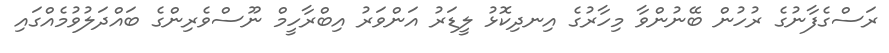
ރަސްގެފާނުގެ ރުހުން ބޭނުންވާ މިހާރުގެ އިނދިކޮޅު ލީޑަރު އަންވަރު އިބްރާހީމް ނޫސްވެރިންގެ ބައްދަލުވުމެއްގައި